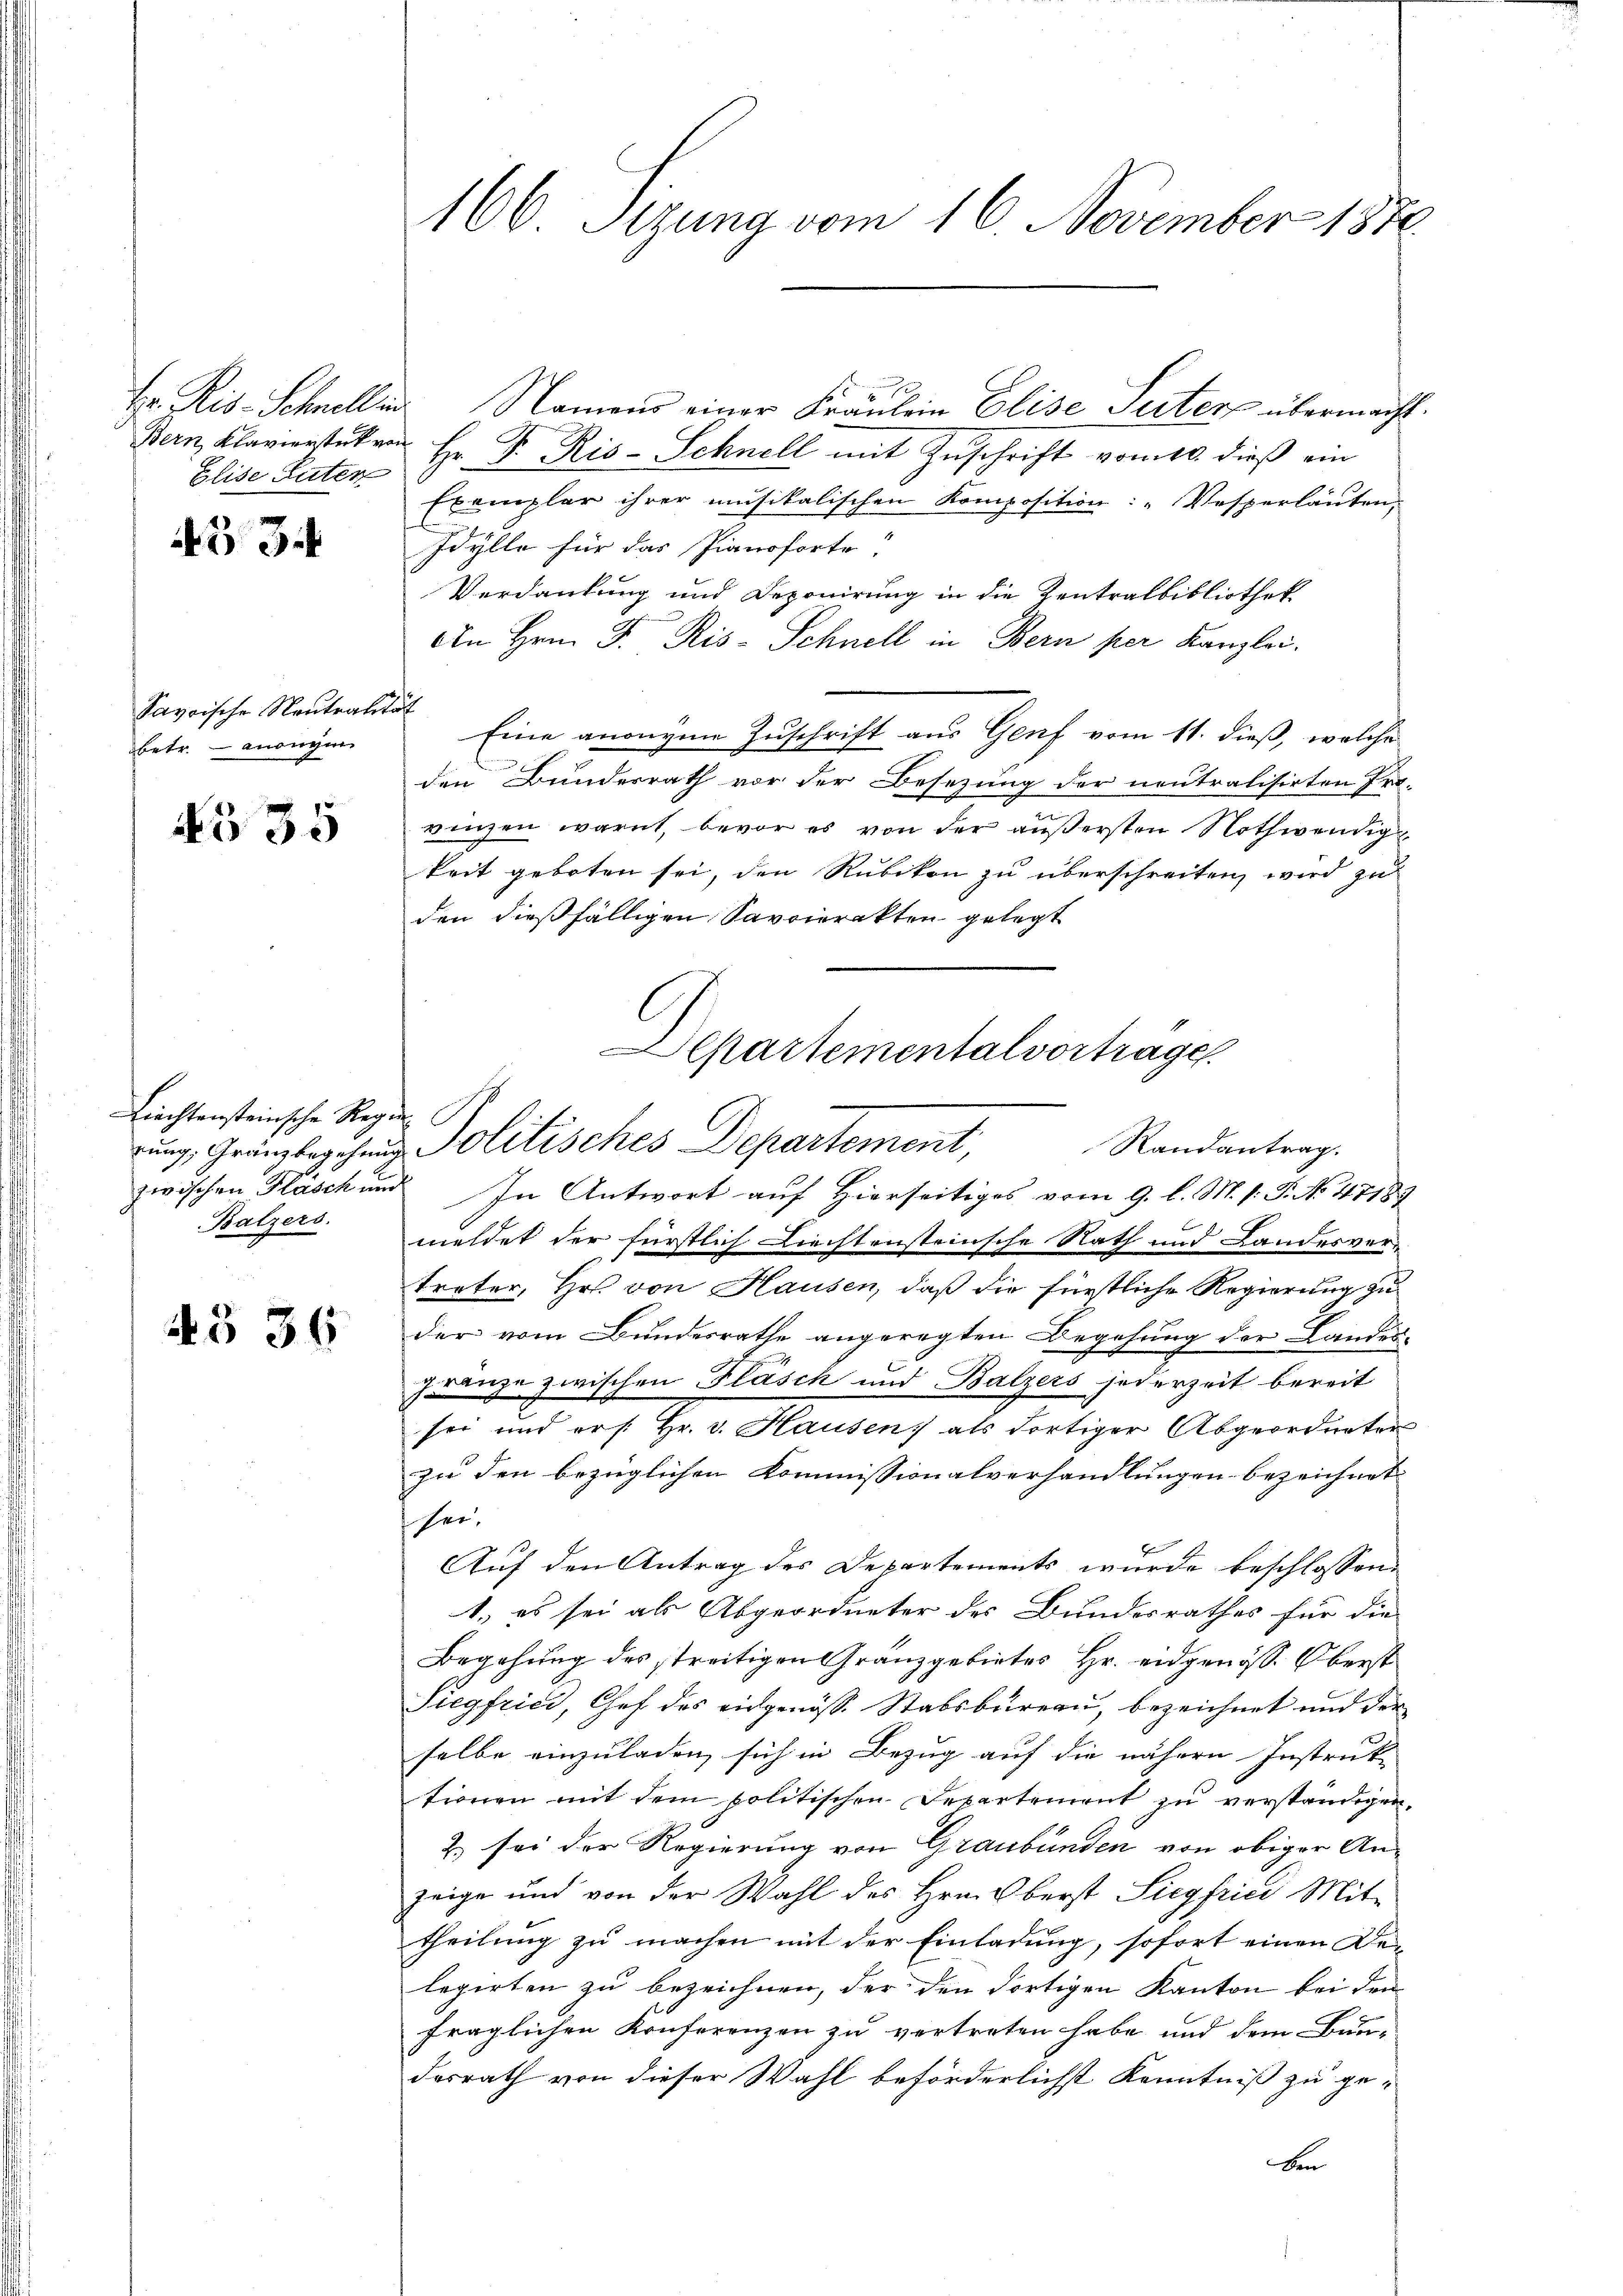
Hr. Reis- Schnell in
Bern, Klavierstück von
Elise Güter

33

Savoische Neutraut
betr. - anonym

535

Liechtensteinsche Regie
rung, Gränzbegehnung
Balzers.

§§ 36

166. Sezung vom 16. November 1870

Namens einer Fräulein Elise Peter übermacht.
Hr. F. Ris-Schnell mit Zuschrift vom 10. dieß ein
Exemplar ihrer musikalischen Komposition: "Wesperläuten.
Idylle für das Pianoforte!
Verdankung und Deponirung in die Zentralbibliothek
An Hrn. F. Ris-Schnell in Bern per Kanzlei.
i
Eine anonyme Zuschrift aus Genf vom 11. dieß, welche
den Bunderrath vor der Besetzung der neutralisirten Pro-
vinzen warnt, bevor es von der äußersten Nothwendig
keit geboten sei, den Rubikon zu überschreiten, wird zu
den dießfälligen Savoirrakten gelegt
zwischen Fläsch und In Antwort auf Hierseitiges vom 9. l. M. h. T. No. 47189
meldet der fürstlich Liechtensteinsche Nath und Landesvertreter, Hr. von Hausen, daß die fürstliche Regierung zu
der vom Bundesrathe angeregten Begehung der Landes-
Jränze zwischen Fläsch und Balzers jederzeit bereit
sei und er s. Hr. v. Hausen) als dortiger Abgeordneten
zu den bezüglichen Kommissionalverhandlungen bezeichnet
sei¬
Auf den Antrag des Departements wurde beschlossen,
1.) es sei als Abgeordneter des Bundesrathes für die
Begehung des streitigen Granzgebietes Hr. eidgenöss. Oberst
Siegfried, Chef des eidgenöss. Stabsbureau, bezeichnet und der
selbe einzuladen, sich in Bezug auf die nähern Instruk-
tionen mit dem politischen Departement zu verständigen,
2. sei der Regierung von Graubünden von obiger Anzeige und von der Wahl des Hrn. Oberst Siegfrici Mit-
theilung zu machen mit der Einladung, sofort einen Be-
legirten zu bezeichnen, der den dortigen Kanton bei den
fraglichen Konferenzen zu vertreten habe und dem Bun-
desrath von dieser Wahl beförderlichst Kenntniß zu ge-
ben

Separtementalvortrage
Politisches Departement,
Randantrag.